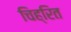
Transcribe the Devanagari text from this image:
चिह्रित